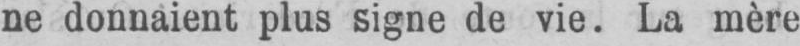
ne donnaient plus signe de vie. La mère